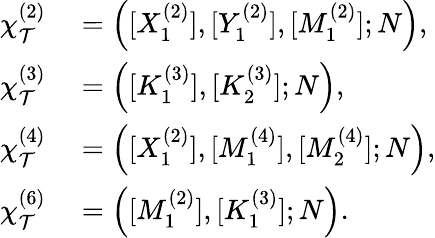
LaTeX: \begin{array}{rl}{\chi_{\mathcal{T}}^{(2)}}&{{}=\left([X_{1}^{(2)}],[Y_{1}^{(2)}],[M_{1}^{(2)}];N\right),}\\ {\chi_{\mathcal{T}}^{(3)}}&{{}=\left([K_{1}^{(3)}],[K_{2}^{(3)}];N\right),}\\ {\chi_{\mathcal{T}}^{(4)}}&{{}=\left([X_{1}^{(2)}],[M_{1}^{(4)}],[M_{2}^{(4)}];N\right),}\\ {\chi_{\mathcal{T}}^{(6)}}&{{}=\left([M_{1}^{(2)}],[K_{1}^{(3)}];N\right).}\end{array}